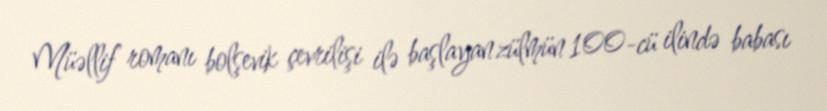
Müəllif romanı bolşevik çevrilişi ilə başlayan zülmün 100-cü ilində babası